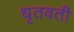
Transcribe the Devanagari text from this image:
धृतवती